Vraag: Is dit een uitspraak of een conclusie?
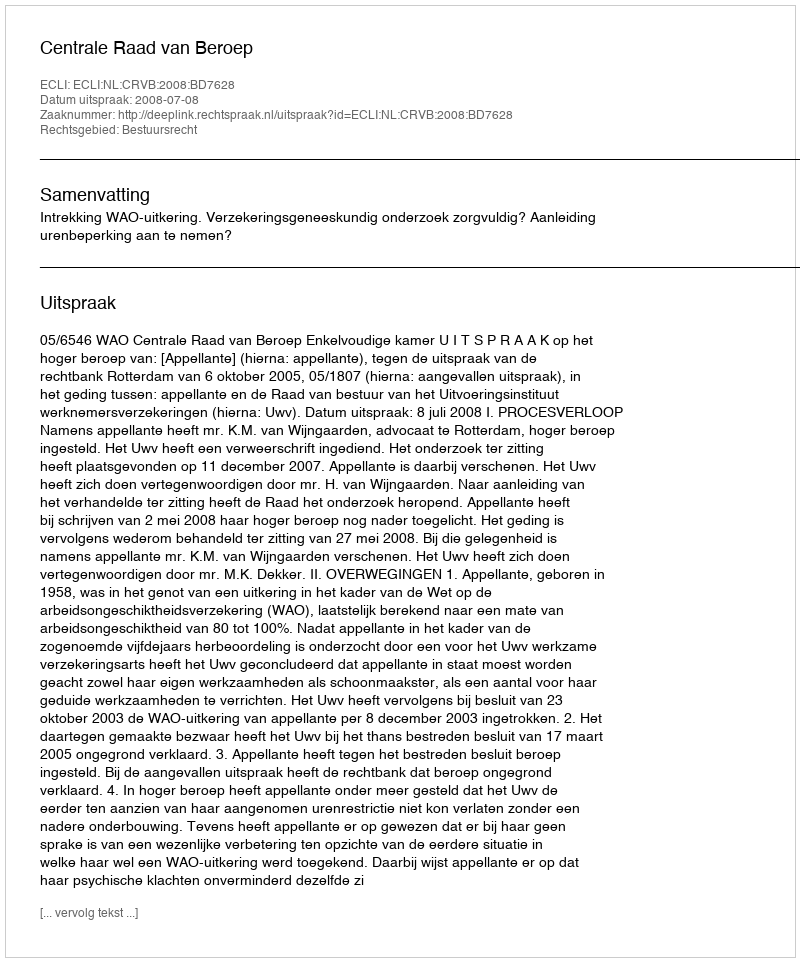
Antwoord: Uitspraak